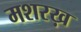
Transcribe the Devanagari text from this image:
मशरख़